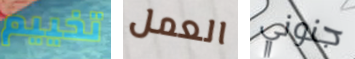
تخييم العمل جنوني